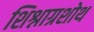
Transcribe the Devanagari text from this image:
शिश्नाग्रशोथ